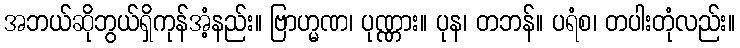
အဘယ်ဆိုဘွယ်ရှိကုန်အံ့နည်း။ ဗြာဟ္မဏ၊ ပုဏ္ဏား။ ပုန၊ တဘန်။ ပရံစ၊ တပါးတုံလည်း။